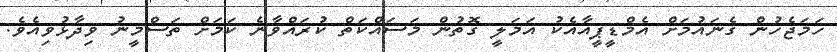
ހަމަޖެހުން ގެނައުމަށް އެމްޑީޕީއާއެކު އަމަލީ ގޮތުން މަސައްކަތް ކުރައްވާނެ ކަމަށް ތަސްމީނު ވިދާޅުވިއެވެ.